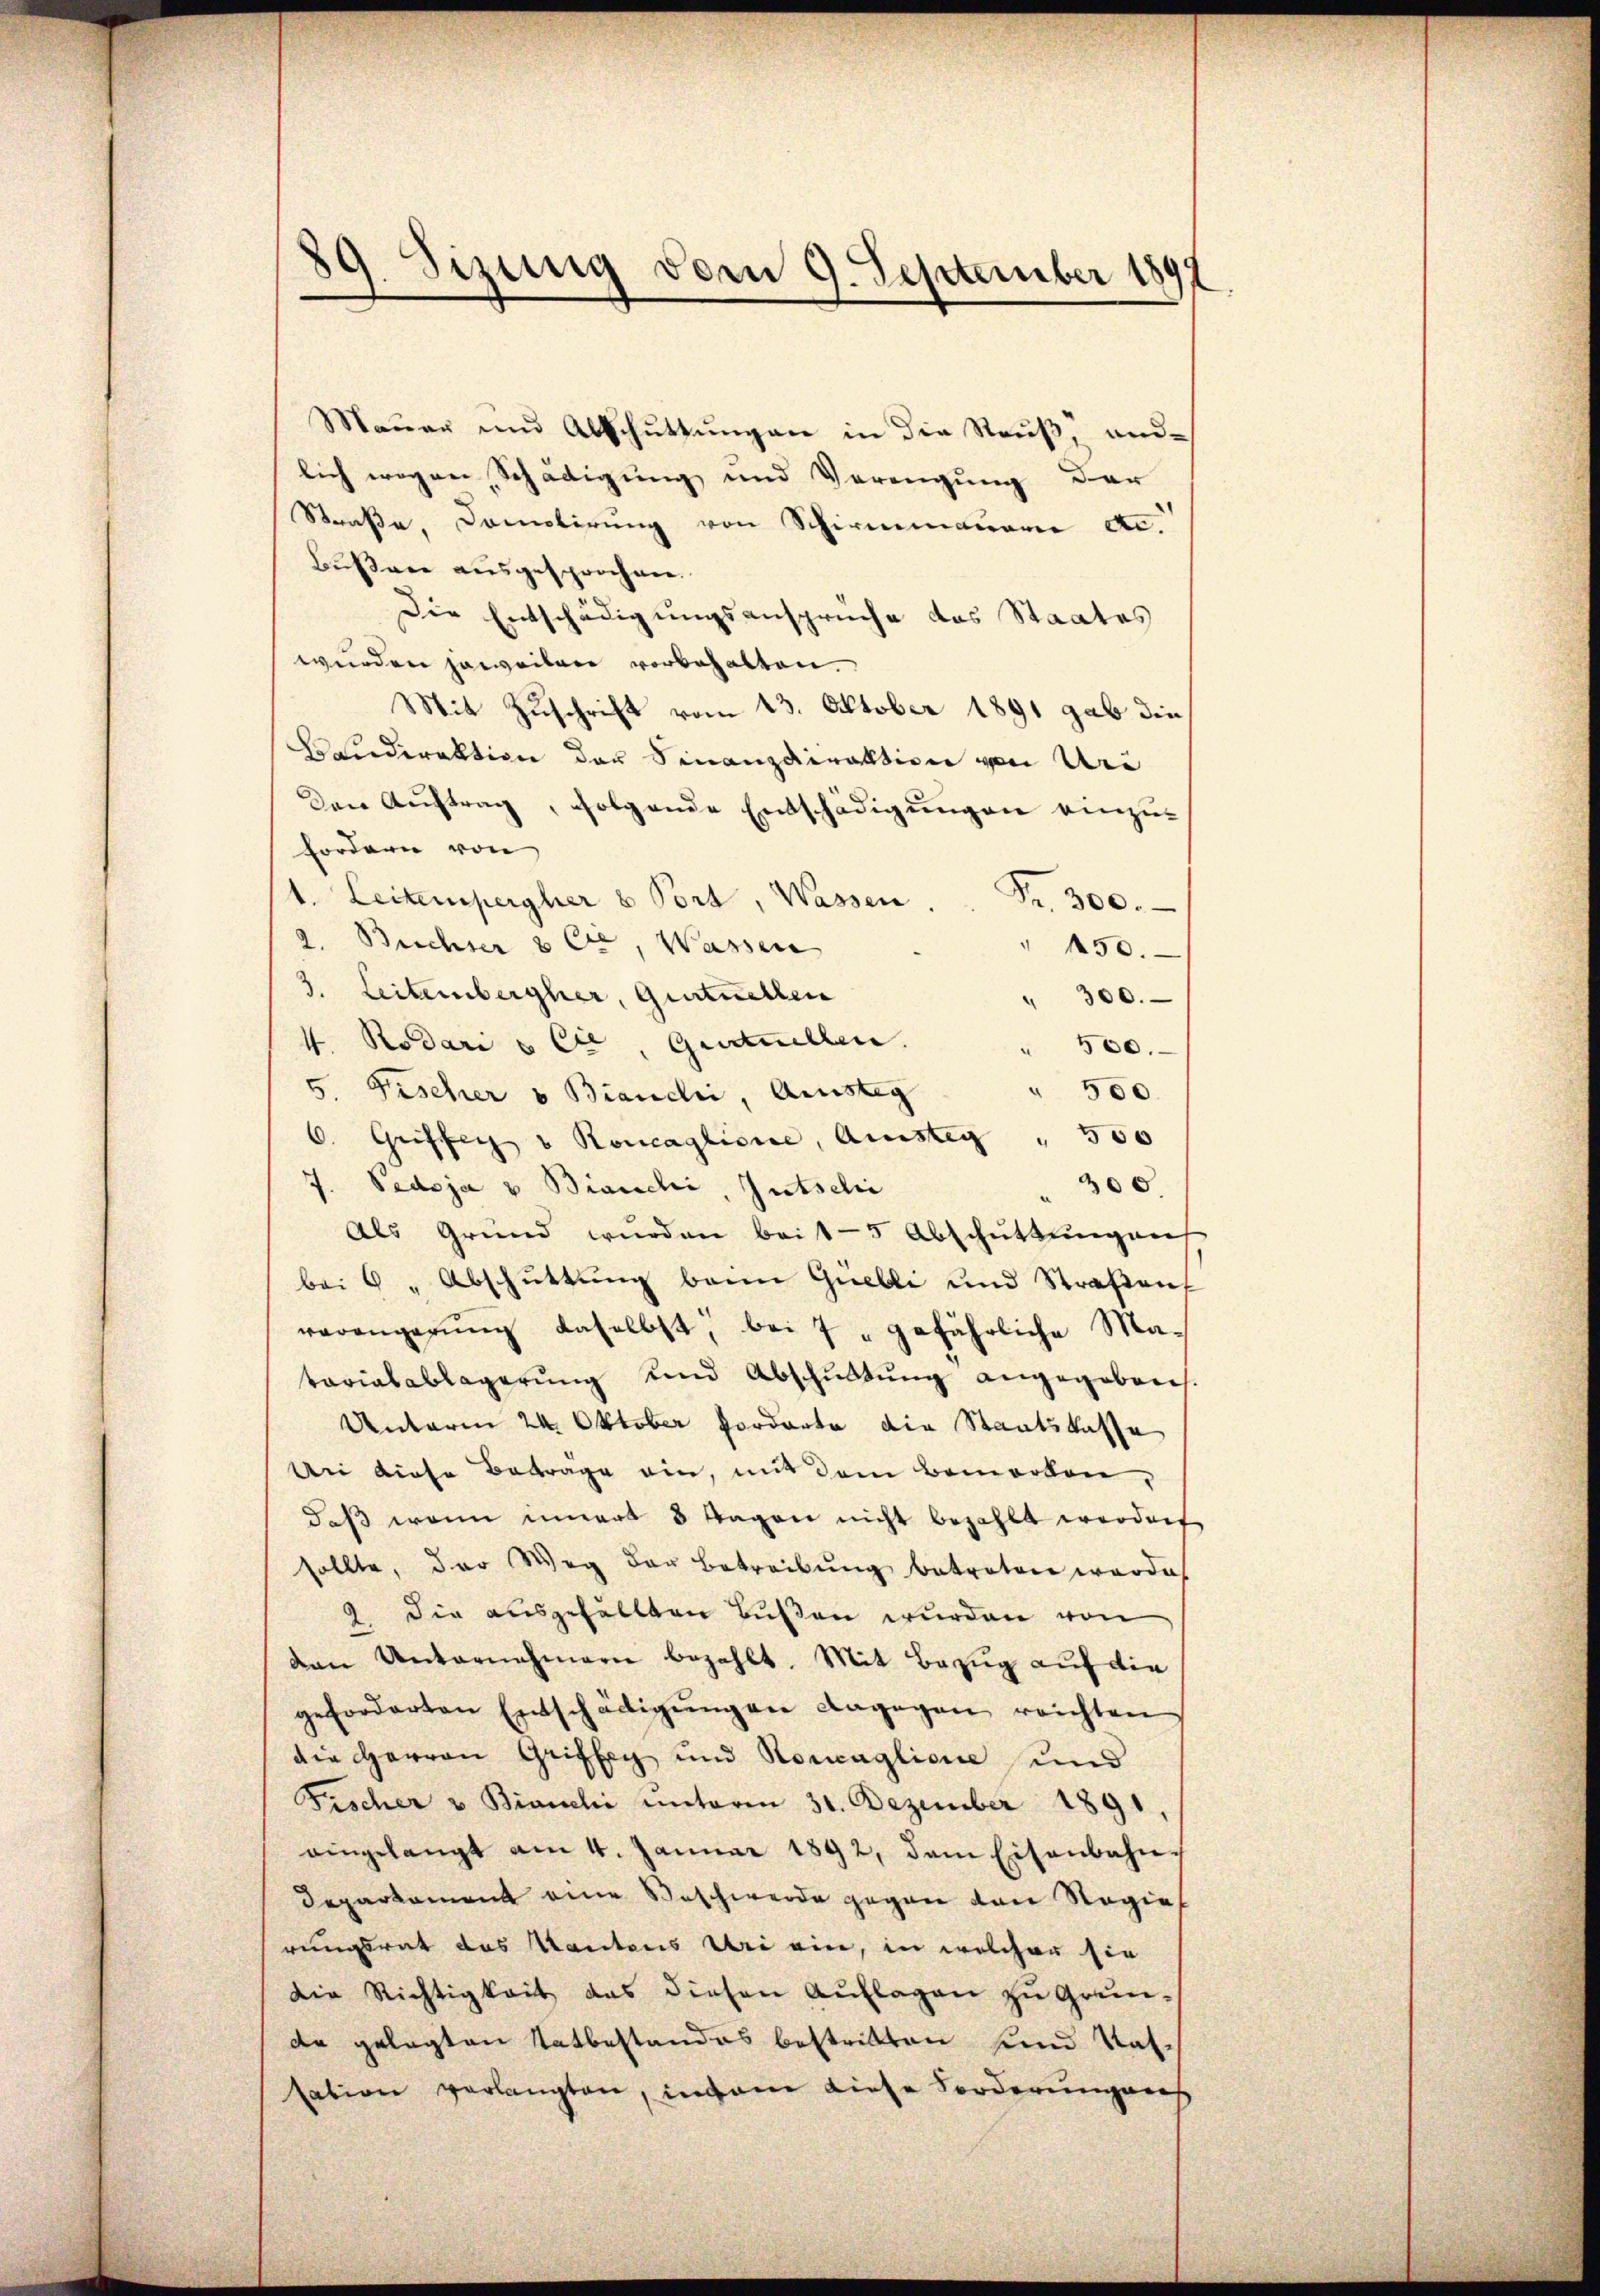
89. Sizung vom 9. September 189

Mauer und Abschŭttŭngen in die Reuß, ande
lich wegen Schädigung und Verengung der
Straße, Demolirung von Schirmmauern etc.
Bußare ausgesprochen.
Die Entschädigungsanspruche das Staates
wurden jeweilen vorbehalten.
Mit Zuschrift vom 13. Oktober 1891 gab die
ELudirektion der Finanzdirektion von Ur
Den Auftrag, folgende Entschädigungen einzu¬
Fordern von
1. Leitenspergher 8 Port, Wassen,
Fr. 300.
2. Beichter 862, Wassen
" 450.
3. Leiternbergher, Gurtuellen
" 300.
4. Rodari & Cie Gurtuellen.
" 500.
" 500.
5. Fischer v Brandii, Amsteg
6. Griffer u Roncaglione, Aussteg " 560
300.
J. Pedoja v Bianchi Gutseli
Als Grund wurden bei 15 Abschüttungeng
bei 6 " Abschüttung beim Quelli und Straβent
verängerung daselbst, bei 7 gefährliche Matarialablagerŭng und Abschŭltŭng angegebenes.
Unterm 24. Oktober Forderte die Staatskasse
An diese Beträge ein, mit dem Bemerken,
daβ wenn innert 8 Tagen nicht bezahlt werden
sollte, der Weg der Betreibŭng betreten worde
9 die ausgefällten Bußen wurden von
den Unternehmern bezahlt. Mit Bezug auf die
geforderten Entschädigŭngen dagegen reichten
die Herren Griffey und Koncaglione und
Fischer v Bianchi unterm 31. Dezember 1891
eingelangt am 4. Januar 1892, dem Eisenbahn-
Departament eine Beschwerde gegen den Regierungsrat des Kantons Bei ein, in welcher sie
Die Richtigkeit das diesen Aŭflagen zŭ Grŭn-
da gelegten Tatbestandes bestritten und Kassation verlangten, indene diese Forderungens